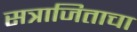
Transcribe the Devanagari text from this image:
सत्राजिताचा